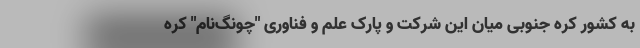
به کشور کره جنوبی میان این شرکت و پارک علم و فناوری "چونگ‌نام" کره